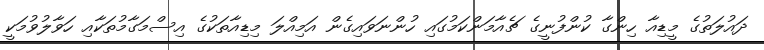
ދައުލަތުގެ މީޑިއާ ހިންގާ ކުންފުނީގެ ޗެއާމަންކަމުގައި ހުންނަވައިގެން އަމިއްލަ މިޑިއާތަކުގެ އިސްމަގާމުތަކާއި ހަވާލުވުމަކީ